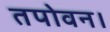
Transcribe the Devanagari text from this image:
तपोवन।